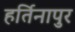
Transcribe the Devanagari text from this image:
हर्तिनापुर